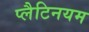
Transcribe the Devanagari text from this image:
प्लैटिनयम